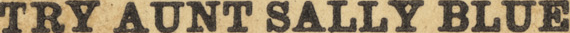
TRY AUNT SALLY BLUE